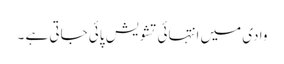
وادی میں انتہائی تشویش پائی جاتی ہے ۔